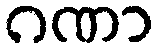
ဂဏာ